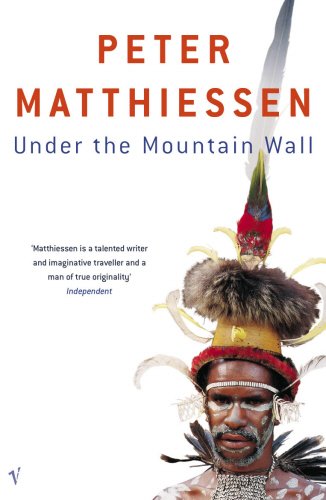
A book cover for Under the Mountain Wall; Peter Matthiessen; History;